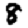
Digit: 8